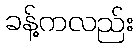
ခန့်ကလည်း